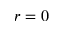
r = 0